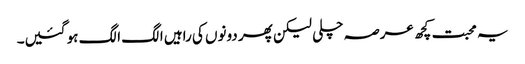
یہ محبت کچھ عرصہ چلی لیکن پھر دونوں کی راہیں الگ الگ ہو گئیں۔